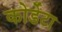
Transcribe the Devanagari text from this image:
कोर्डेटा